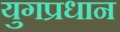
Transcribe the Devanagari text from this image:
युगप्रधान